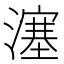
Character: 𤀕